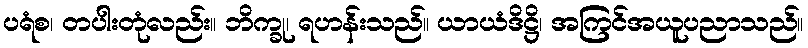
ပရံစ၊ တပါးတုံလည်း။ ဘိက္ခု၊ ရဟန်းသည်။ ယာယံဒိဋ္ဌိ၊ အကြင်အယူပညာသည်။